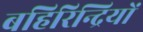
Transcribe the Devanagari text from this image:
बहिरिन्द्रियों